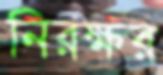
নিরক্ষর